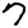
Digit: 7